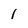
Character: 1